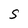
Character: S